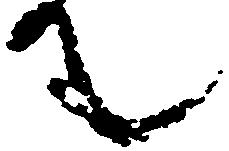
て